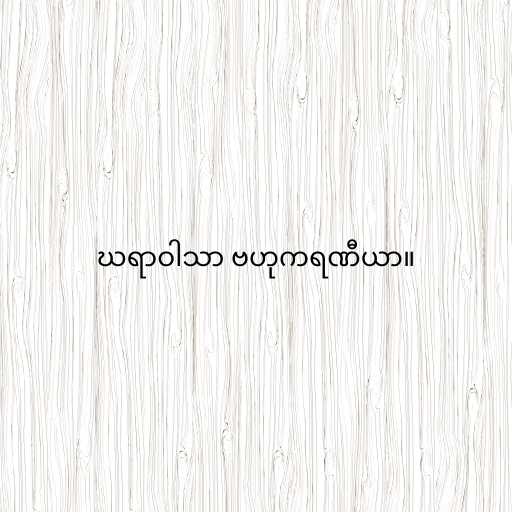
ဃရာဝါသာ ဗဟုကရဏီယာ။